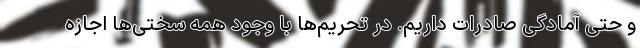
و حتی آمادگی صادرات داریم. در تحریم‌ها با وجود همه سختی‌ها اجازه